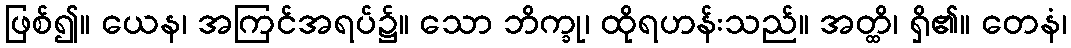
ဖြစ်၍။ ယေန၊ အကြင်အရပ်၌။ သော ဘိက္ခု၊ ထိုရဟန်းသည်။ အတ္ထိ၊ ရှိ၏။ တေနံ၊